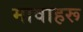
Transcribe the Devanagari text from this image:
मावाहरू